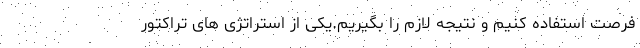
فرصت استفاده کنیم و نتیجه لازم را بگیریم.یکی از استراتژی های تراکتور